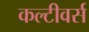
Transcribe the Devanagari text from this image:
कल्टीवर्स